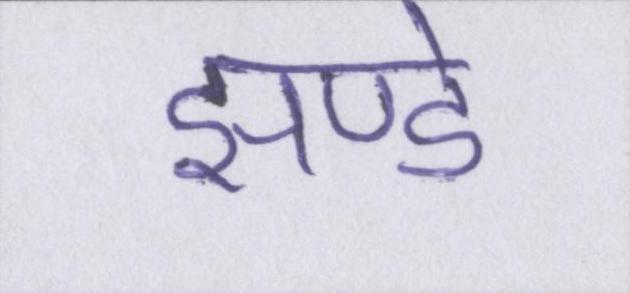
झण्डे